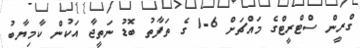
ގްރީން ސްޓްރީޓްގެ މައްޗަށް 6-1 ގެ ތަފާތު ބޮޑު ނަތީޖާ އަކުން ކާމިޔާބު